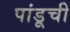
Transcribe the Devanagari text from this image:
पांडूची